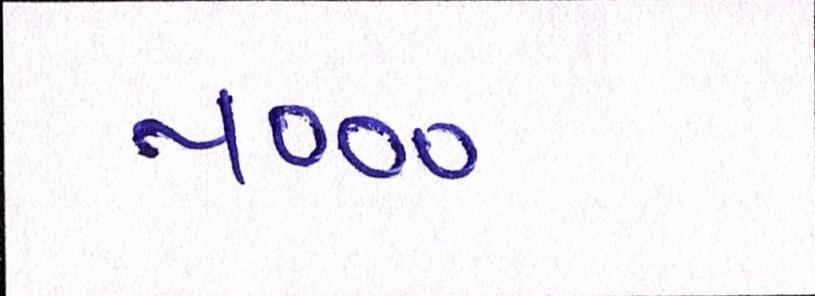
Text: ૫૦૦૦